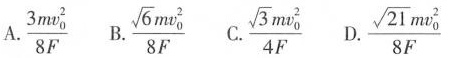
A.$$\frac { 3 m v _ { 0 } ^ { 2 } } { 8 F }$$ B.$$\frac { \sqrt { 6 } m v _ { 0 } ^ { 2 } } { 8 F }$$ C.$$\frac { \sqrt { 3 } m v _ { 0 } ^ { 2 } } { 4 F }$$ D.$$\frac { \sqrt { 2 1 } m v _ { 0 } ^ { 2 } } { 8 F }$$